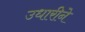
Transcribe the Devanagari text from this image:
उधारीने